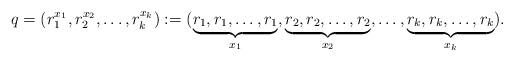
LaTeX: \begin{align*}q = (r_1^{x_1},r_2^{x_2},\ldots,r_k^{x_k}):=(\underbrace{r_1,r_1,\ldots,r_1}_{x_1},\underbrace{r_2,r_2,\ldots,r_2}_{x_2},\ldots,\underbrace{r_k,r_k,\ldots,r_k}_{x_k}).\end{align*}